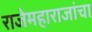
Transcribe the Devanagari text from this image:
राजेमहाराजांचा